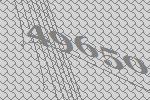
49650